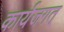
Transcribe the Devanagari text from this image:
कार्यजगत्